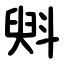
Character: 斞